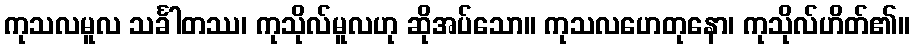
ကုသလမူလ သင်္ခါတဿ၊ ကုသိုလ်မူလဟု ဆိုအပ်သော။ ကုသလဟေတုနော၊ ကုသိုလ်ဟိတ်၏။